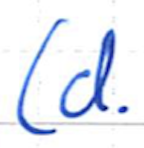
Text: (d.
Cross-out: clean
Writing tool: ballpoint